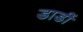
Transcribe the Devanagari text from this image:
डाडीं